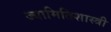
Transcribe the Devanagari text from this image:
ज्यामितिशास्त्री